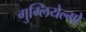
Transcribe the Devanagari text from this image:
गुग्लियेल्मो